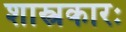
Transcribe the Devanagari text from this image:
शास्त्रकारः